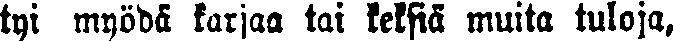
tyi myödä karjaa tai keksiä muita tuloja,